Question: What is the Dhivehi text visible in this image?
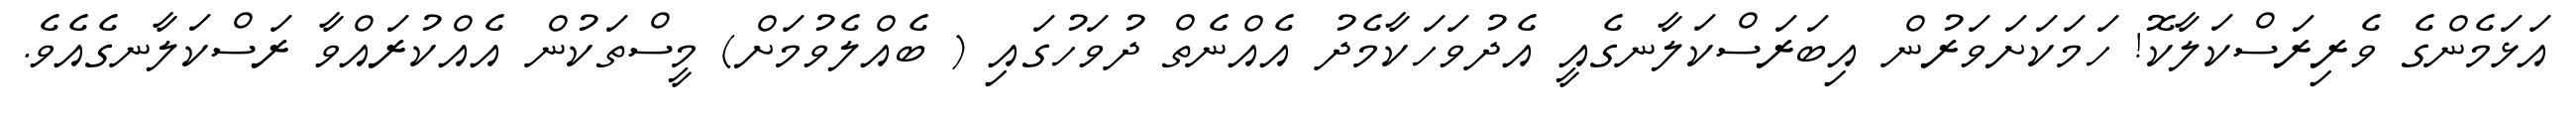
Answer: އަޅަމެންގެ ވެރިރަސްކަލާކޮ! ހަމަކަށަވަރުން އިބަރަސްކަލާނގެއީ އެދުވަހަކާމެދު އެއްނެތް ދުވަހުގައި ( ބެއްލެވުމަށް) މީސްތަކުން އެއްކުރައްވާ ރަސްކަލާނގެއެވެ.